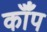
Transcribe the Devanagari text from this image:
कॉँप